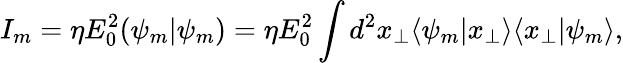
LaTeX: I_{m}=\eta E_{0}^{2}(\psi_{m}|\psi_{m})=\eta E_{0}^{2}\int d^{2}x_{\perp}\langle\psi_{m}|x_{\perp}\rangle\langle x_{\perp}|\psi_{m}\rangle,